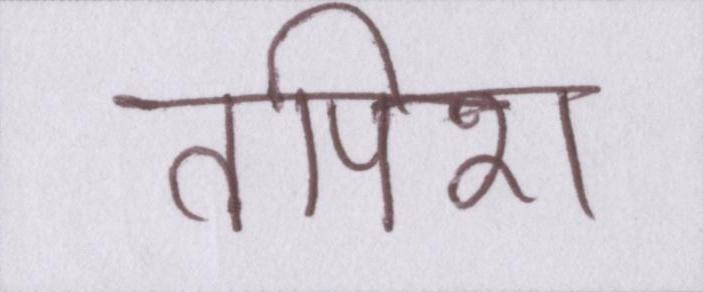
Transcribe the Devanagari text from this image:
तपिश